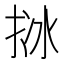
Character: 𢬄